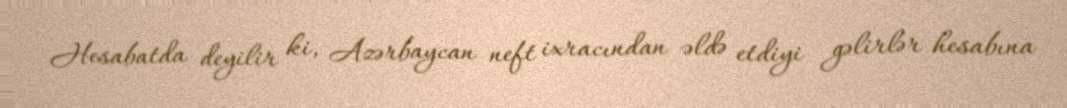
Hesabatda deyilir ki, Azərbaycan neft ixracından əldə etdiyi gəlirlər hesabına